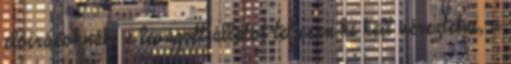
előírásoknak: a levágott állatot teljesen ki kell véreztetni, a